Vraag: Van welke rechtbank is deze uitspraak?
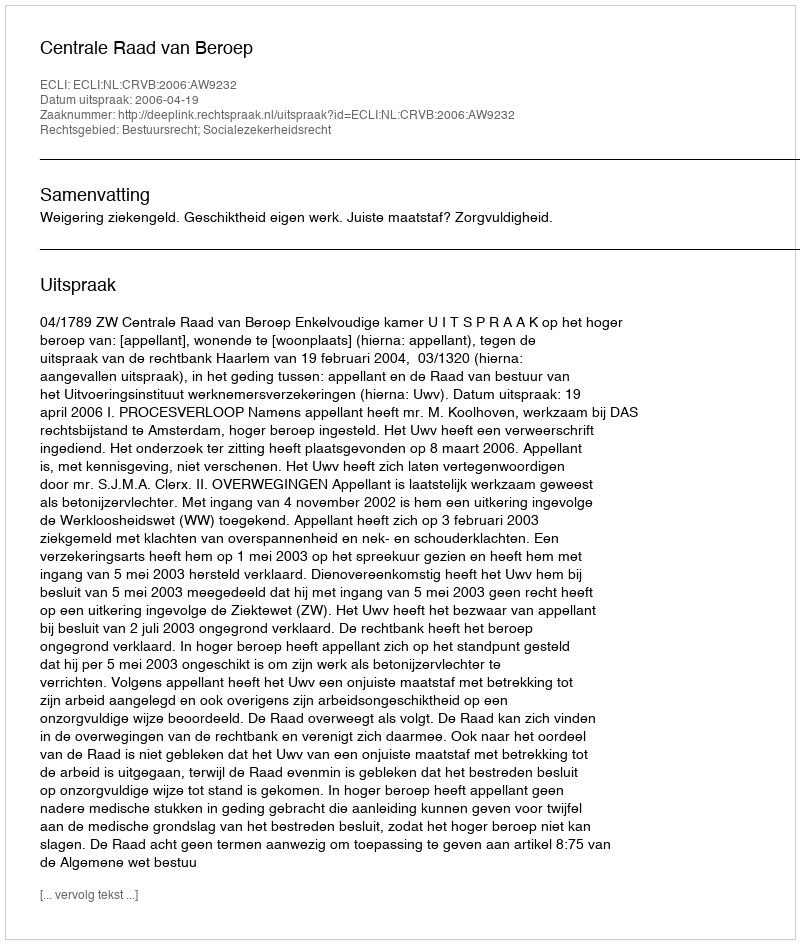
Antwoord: Centrale Raad van Beroep